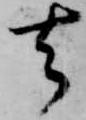
去